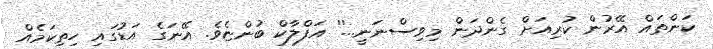
ކަންތައް އޭރުން ކުރިއަށް ގެންދަން މިވިސްނަނީ...'' އަފްލާކް ބުންޏެވެ. އޭނަގެ އަޑުގައި ހިތިކަމެއް